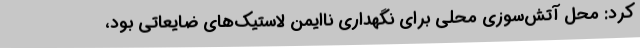
کرد: محل آتش‌سوزی محلی برای نگهداری ناایمن لاستیک‌های ضایعاتی بود،